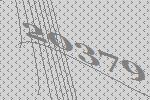
20379